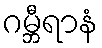
ဂမ္ဘီရာနံ